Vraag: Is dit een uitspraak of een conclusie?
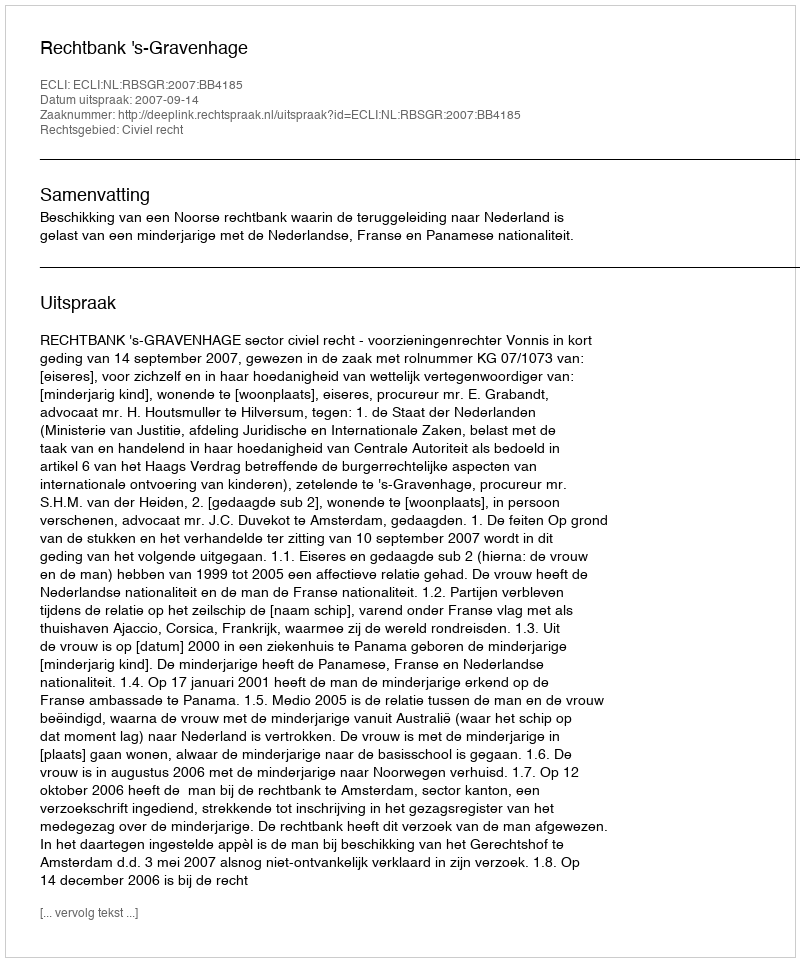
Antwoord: Uitspraak